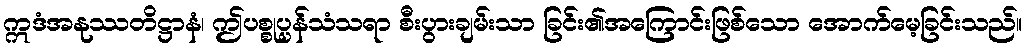
ဣဒံအနုဿတိဋ္ဌာနံ၊ ဤပစ္စုပ္ပန်သံသရာ စီးပွားချမ်းသာ ခြင်း၏အကြောင်းဖြစ်သော အောက်မေ့ခြင်းသည်။